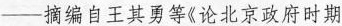
——摘编自王其勇等《论北京政府时期